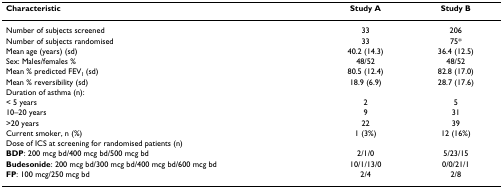
<table><thead><tr><td><b>Characteristic</b></td><td><b>Study A</b></td><td><b>Study B</b></td></tr></thead><tbody><tr><td>Number of subjects screened</td><td>33</td><td>206</td></tr><tr><td>Number of subjects randomised</td><td>33</td><td>75*</td></tr><tr><td>Mean age (years) (sd)</td><td>40.2 (14.3)</td><td>36.4 (12.5)</td></tr><tr><td>Sex: Males/females %</td><td>48/52</td><td>48/52</td></tr><tr><td>Mean % predicted FEV<sub>1 </sub>(sd)</td><td>80.5 (12.4)</td><td>82.8 (17.0)</td></tr><tr><td>Mean % reversibility (sd)</td><td>18.9 (6.9)</td><td>28.7 (17.6)</td></tr><tr><td>Duration of asthma (n):</td><td></td><td></td></tr><tr><td>&lt; 5 years</td><td>2</td><td>5</td></tr><tr><td>10–20 years</td><td>9</td><td>31</td></tr><tr><td>&gt;20 years</td><td>22</td><td>39</td></tr><tr><td>Current smoker, n (%)</td><td>1 (3%)</td><td>12 (16%)</td></tr><tr><td>Dose of ICS at screening for randomised patients (n)</td><td></td><td></td></tr><tr><td><b>BDP</b>: 200 mcg bd/400 mcg bd/500 mcg bd</td><td>2/1/0</td><td>5/23/15</td></tr><tr><td><b>Budesonide</b>: 200 mcg bd/300 mcg bd/400 mcg bd/600 mcg bd</td><td>10/1/13/0</td><td>0/0/21/1</td></tr><tr><td><b>FP</b>: 100 mcg/250 mcg bd</td><td>2/4</td><td>2/8</td></tr></tbody></table>